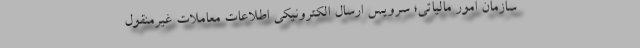
سازمان امور مالیاتی؛ سرویس ارسال الکترونیکی اطلاعات معاملات غیرمنقول